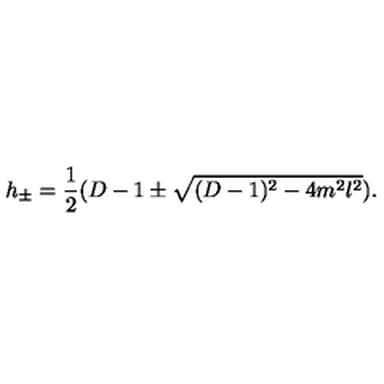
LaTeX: h _ { \pm } = \frac 1 2 ( D - 1 \pm \sqrt { ( D - 1 ) ^ { 2 } - 4 m ^ { 2 } l ^ { 2 } } ) .